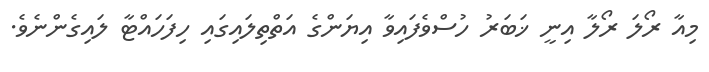
މިއާ ރޯލަ ރޯލާ އިނީ ޚަބަރު ހުސްވެފައިވާ އިޔަންގެ އަތްތިލައިގައި ހިފަހައްޓާ ލައިގެންނެވެ.